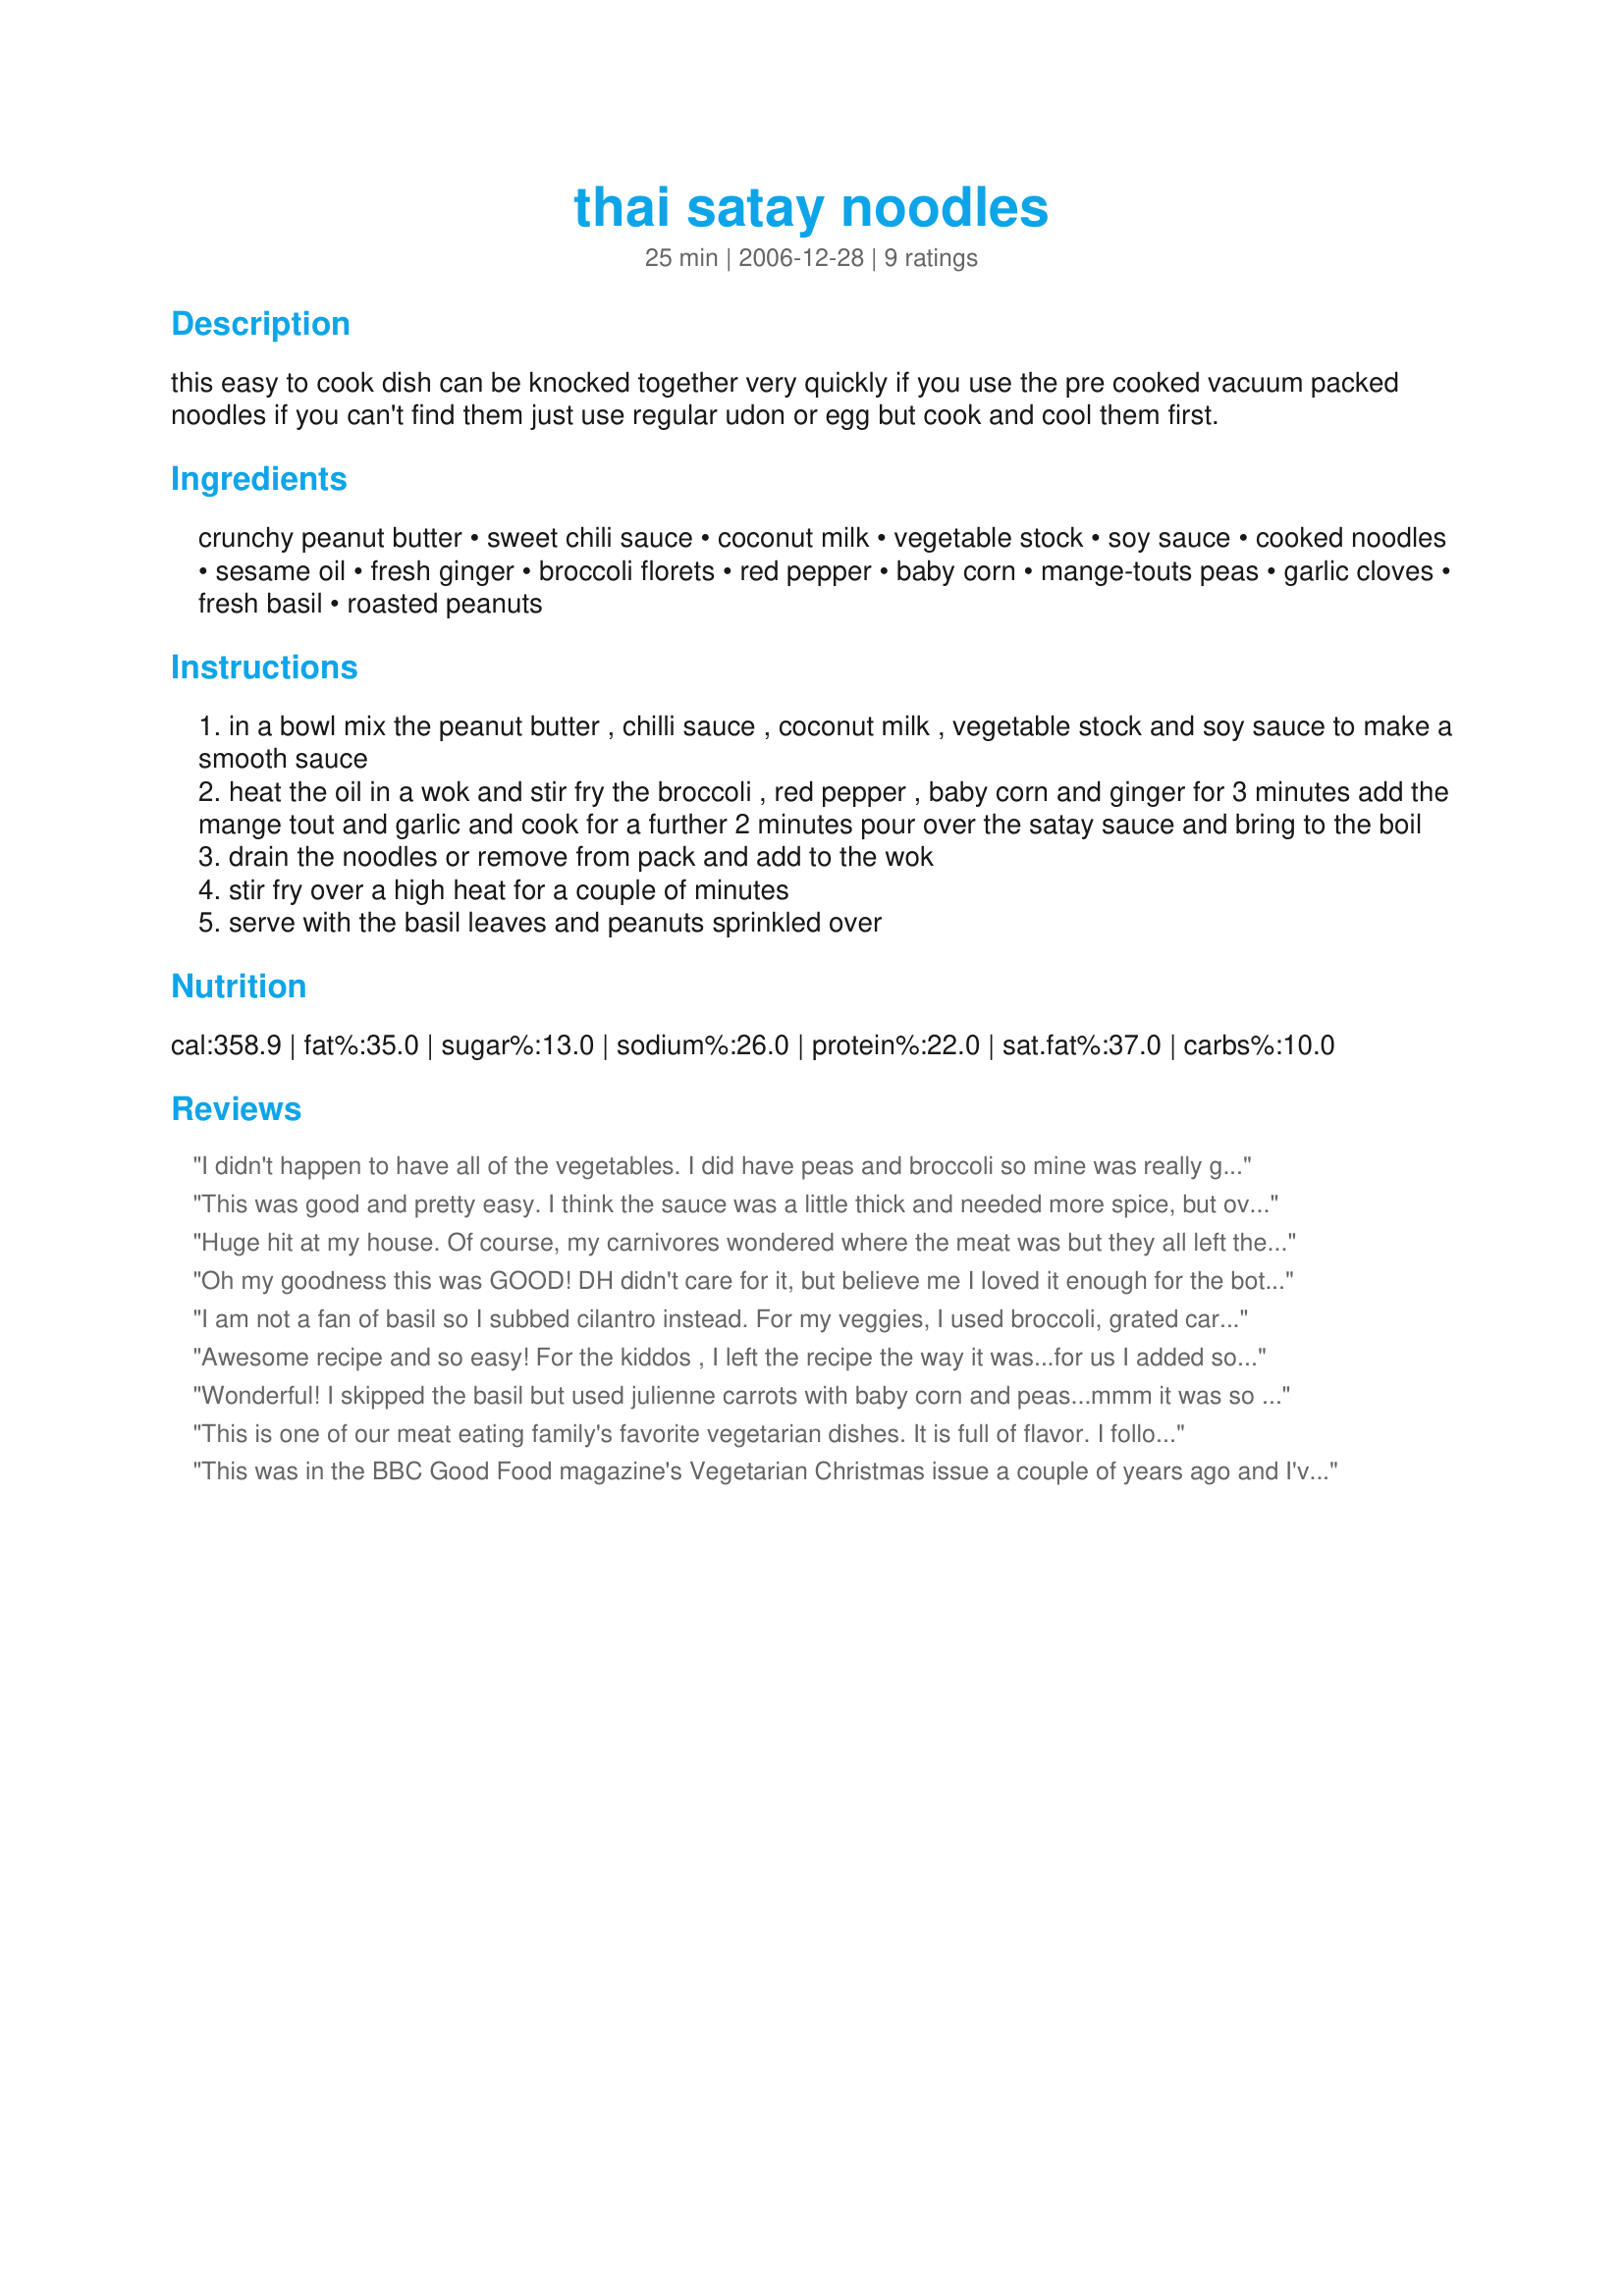
thai satay noodles
Preparation time: 25 minutes

this easy to cook dish can be knocked together very quickly if you use the pre cooked vacuum packed noodles if you can't find them just use regular udon or egg but cook and cool them first.

Ingredients:
crunchy peanut butter, sweet chili sauce, coconut milk, vegetable stock, soy sauce, cooked noodles, sesame oil, fresh ginger, broccoli florets, red pepper, baby corn, mange-touts peas, garlic cloves, fresh basil, roasted peanuts

Steps:
in a bowl mix the peanut butter , chilli sauce , coconut milk , vegetable stock and soy sauce to make a smooth sauce
heat the oil in a wok and stir fry the broccoli , red pepper , baby corn and ginger for 3 minutes add the mange tout and garlic and cook for a further 2 minutes pour over the satay sauce and bring to the boil
drain the noodles or remove from pack and add to the wok
stir fry over a high heat for a couple of minutes
serve with the basil leaves and peanuts sprinkled over

Reviews:
I didn't happen to have all of the vegetables. I did have peas and broccoli so mine was really green. It would have been prettier and tastier with the other veggies but it was still very good. I highly recommend this recipe. Thank you.
This was good and pretty easy. I think the sauce was a little thick and needed more spice, but overall a good dish and DH and the little one loved it. Thanks!
Huge hit at my house. Of course, my carnivores wondered where the meat was but they all left the table happy and satisfied. This dish was ridiculously quick and easy to make.
Oh my goodness this was GOOD! DH didn't care for it, but believe me I loved it enough for the both of us. I used lo mein noodles, and had to use corn kernels as I was out of baby corn. I also fried an egg to cut up on top as I am a nursing mama and needed some extra protein today. I highly recommend that addition! I reduced the oil a bit, too, and didn't use a full oz of nuts on top b/c DH doesn't like nuts in savory foods (weirdo). I will definitely keep this and will come back to it often when I am on my own for dinner. Oh, also I am tempted to add just a touch of lime juice next time to add that flavor and possibly cut the thickness of the sauce a bit. Thanks so much for posting. Made for Veg*n Swap 2008.
I am not a fan of basil so I subbed cilantro instead. For my veggies, I used broccoli, grated carrot, green pepper and snow peas. We all liked this recipe. I used udon noodles for this easy recipe. Thanks for the recipe.
Awesome recipe and so easy! For the kiddos , I left the recipe the way it was...for us I added some red curry paste to give it a kick and was awesome!
Wonderful! I skipped the basil but used julienne carrots with baby corn and peas...mmm it was so delicious. The sauce was perfect and made a good amount, and is just as good re-heated as it was freshly-made. Will be making this again, thank you!
This is one of our meat eating family's favorite vegetarian dishes. It is full of flavor. I follow the recipe fairly closely except I reduce the chili sauce a bit for the kids and reduce the oil for our waistlines. Lastly I add tofu which really goes well with it.
This was in the BBC Good Food magazine's Vegetarian Christmas issue a couple of years ago and I've been making it since then (many times - that's how good it is). It's not only easy and tastes good, but doesn't use any ingredients that are difficult to find. Dried noodles would be fine and I've used coconut milk made up from powder when I ran out of it in a tin and that was fine too.
